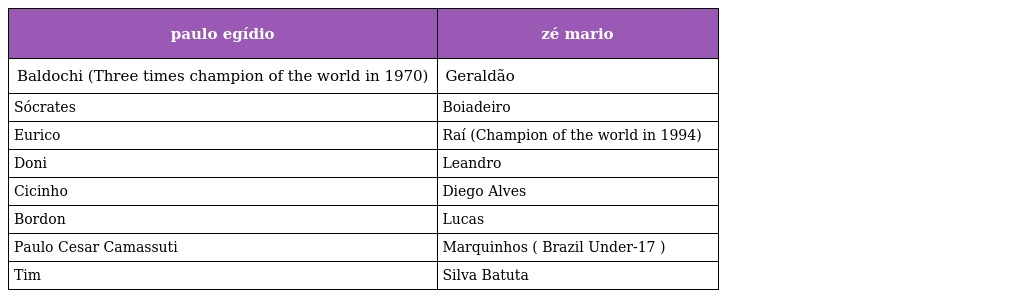
| paulo egídio | zé mario |
 | --- | --- |
 | Baldochi (Three times champion of the world in 1970) | Geraldão |
 | Sócrates | Boiadeiro |
 | Eurico | Raí (Champion of the world in 1994) |
 | Doni | Leandro |
 | Cicinho | Diego Alves |
 | Bordon | Lucas |
 | Paulo Cesar Camassuti | Marquinhos ( Brazil Under-17 ) |
 | Tim | Silva Batuta |